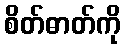
စိတ်ဓာတ်ကို